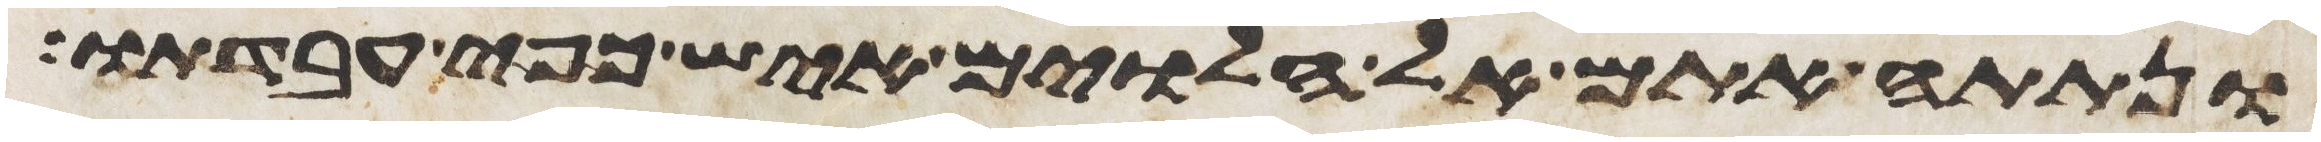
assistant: ונתתה אתם אל הלוים איש כפי עבדתו